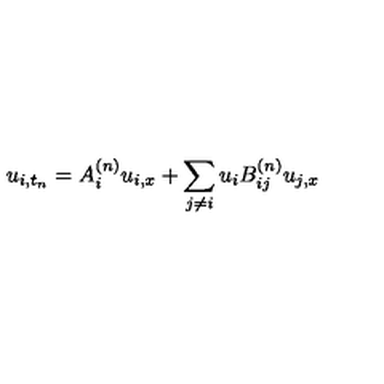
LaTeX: u _ { i , t _ { n } } = A _ { i } ^ { ( n ) } u _ { i , x } + \sum _ { j \neq i } u _ { i } B _ { i j } ^ { ( n ) } u _ { j , x }